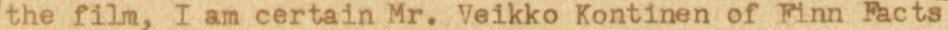
the film, I am certain Mr. Veikko Kontinen of Finn Facts